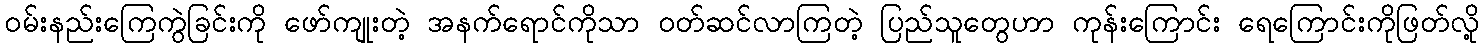
ဝမ်းနည်းကြေကွဲခြင်းကို ဖော်ကျုးတဲ့ အနက်ရောင်ကိုသာ ဝတ်ဆင်လာကြတဲ့ ပြည်သူတွေဟာ ကုန်းကြောင်း ရေကြောင်းကိုဖြတ်လို့